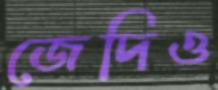
জেদিও